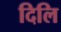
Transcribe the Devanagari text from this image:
दिलि